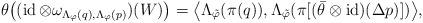
LaTeX: \begin{align*}\theta\bigl((\operatorname{id}\otimes\omega_{\Lambda_{\varphi}(q),\Lambda_{\varphi}(p)})(W)\bigr)=\bigl\langle\Lambda_{\tilde{\varphi}}(\pi(q)),\Lambda_{\tilde{\varphi}}(\pi[(\bar{\theta}\otimes\operatorname{id})(\Delta p)])\bigr\rangle,\end{align*}